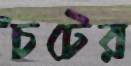
চটের